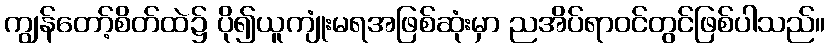
ကျွန်တော့်စိတ်ထဲ၌ ပို၍ယူကျုံးမရအဖြစ်ဆုံးမှာ ညအိပ်ရာဝင်တွင်ဖြစ်ပါသည်။